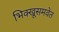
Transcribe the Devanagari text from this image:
भिक्खूसमवेत